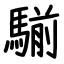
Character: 騚